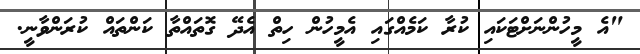
"އެ މީހުންނަށްޓަކައި ކުރާ ކަމެއްގައި އެމީހުން ހިތް އެދޭ ގޮތައްތާ ކަންތައް ކުރަންވާނީ.